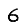
Digit: 6